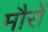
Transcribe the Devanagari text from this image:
मौरों